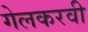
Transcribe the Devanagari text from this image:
गेलकरवी